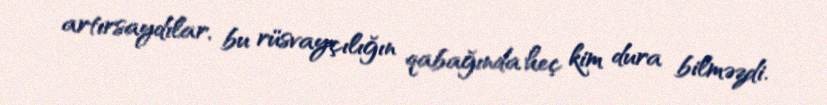
artırsaydılar, bu rüsvayçılığın qabağında heç kim dura bilməzdi.